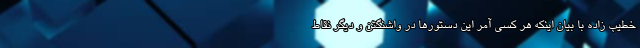
خطیب زاده با بیان اینکه هر کسی آمر این دستورها در واشنگتن و دیگر نقاط